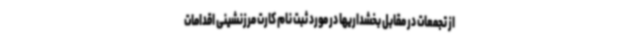
از تجمعات در مقابل بخشداریها در مورد ثبت نام کارت مرزنشینی اقدامات